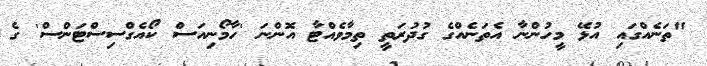
"ތަނެއްގައި އުޅޭ މީހުންނާ އެތަނެއްގެ ގުދުރަތީ ތިމާވެއްޓާ އޮންނަ 'ހާމޯނިއަސް ކޯއެގްސިސްޓަންސް' ގެ